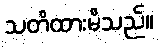
သတိထားမိသည်။